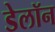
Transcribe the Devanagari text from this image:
डेलॉन